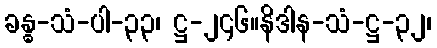
ခန္ဓ-သံ-ပါ-၃၃၊ ဋ္ဌ-၂၄၆။နိဒါန-သံ-ဋ္ဌ-၃၂၊